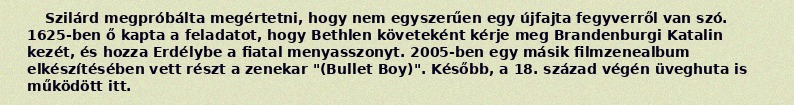
Szilárd megpróbálta megértetni, hogy nem egyszerűen egy újfajta fegyverről van szó. 1625-ben ő kapta a feladatot, hogy Bethlen követeként kérje meg Brandenburgi Katalin kezét, és hozza Erdélybe a fiatal menyasszonyt. 2005-ben egy másik filmzenealbum elkészítésében vett részt a zenekar "(Bullet Boy)". Később, a 18. század végén üveghuta is működött itt.